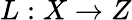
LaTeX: L:X\to Z